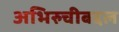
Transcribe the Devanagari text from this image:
अभिरुचीबद्दल